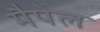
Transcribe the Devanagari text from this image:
मैपेल